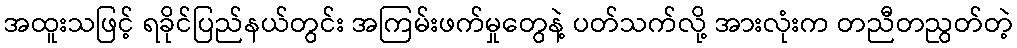
အထူးသဖြင့် ရခိုင်ပြည်နယ်တွင်း အကြမ်းဖက်မှုတွေနဲ့ ပတ်သက်လို့ အားလုံးက တညီတညွတ်တဲ့